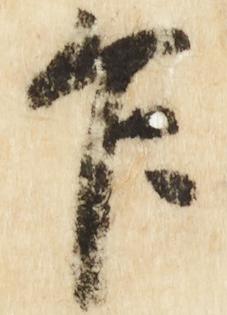
乍